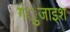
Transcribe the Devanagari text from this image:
गंुजाइश